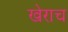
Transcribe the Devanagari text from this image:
खेराच